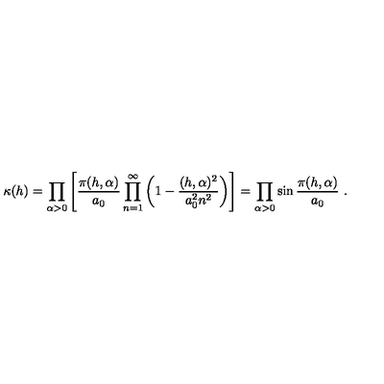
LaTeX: \kappa ( h ) = \prod _ { \alpha > 0 } \left[ \frac { \pi ( h , \alpha ) } { a _ { 0 } } \prod _ { n = 1 } ^ { \infty } \left( 1 - \frac { ( h , \alpha ) ^ { 2 } } { a _ { 0 } ^ { 2 } n ^ { 2 } } \right) \right] = \prod _ { \alpha > 0 } \sin \frac { \pi ( h , \alpha ) } { a _ { 0 } } \ .